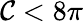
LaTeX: \mathcal{C}<8\pi